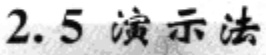
2.5 演示法